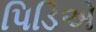
પિડિએ